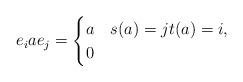
LaTeX: \begin{align*} e_i a e_j =\begin{cases} a & s(a) = j t(a) = i, \\ 0 & \end{cases}\end{align*}